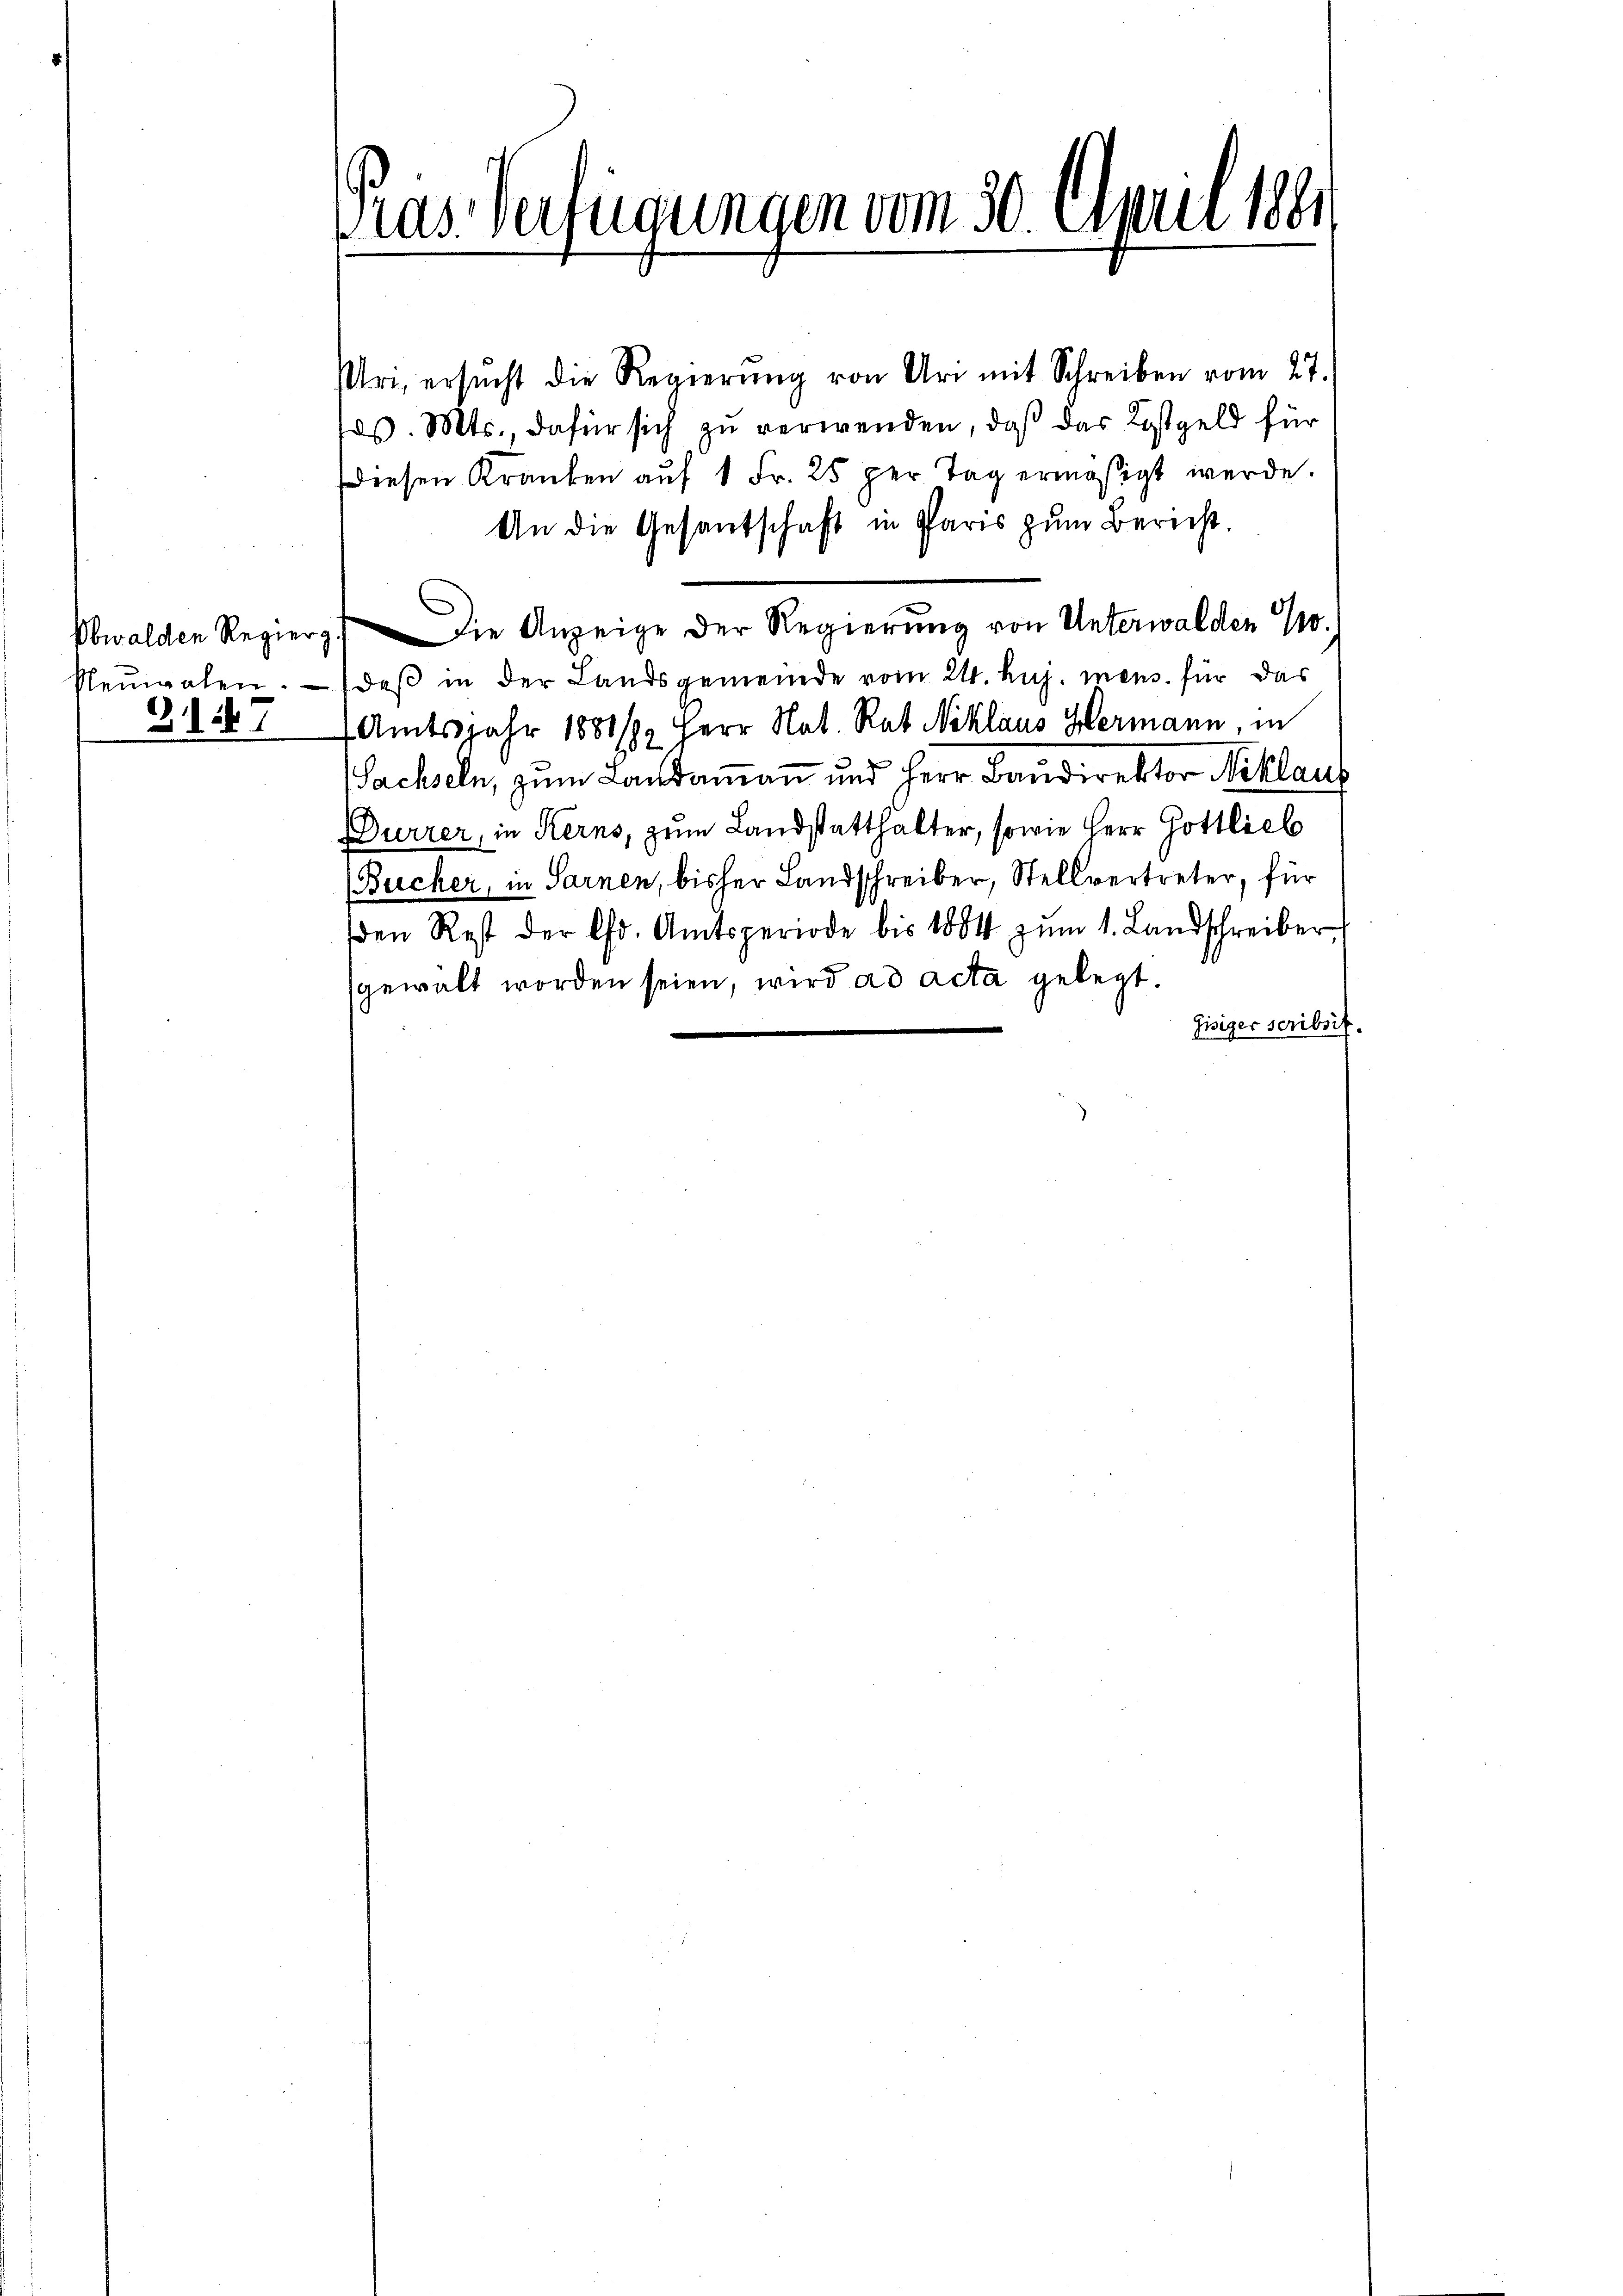
31124

Pras Verfügungen vom 30. April 1881

Uri, ersŭcht die Regierŭng von Uri mit Schreiben vom 27.
Jos. Mts., dafür sich zu verwenden, daß das Kostgeld für
diesen Kranken auf 1 Fr. 25 per Tag ermäßigt werde.
An die Gesantschaft in Paris zum Bericht.
Obwalden Regier. Die Anzeige der Regierŭng von Unterwalden 10.
Neŭwalen. daβ in der Landsgemeinde vom 24. huj. mens. für das
7 Amtsjahr 1881/82 Herr Nat. Rat Niklaus Hermann, in
Sachseln, zum Landammann und Herr Bandirektor Niklaus
Durrer, in Kerns, zum Landstatthalter, sowie Herr Gottlieb
Bucker, in Sarnen, bisher Landschreiber, Stellvertreter, für
den Rest der Chr. Amtsperiode bis 1884 zŭm 1. Landschreiber,
gewalt worden seien, wird ad acta gelegt.
Gisiger scribsit.